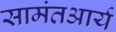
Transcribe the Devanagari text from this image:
सामंतआर्य